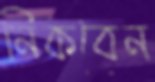
নিকবেন